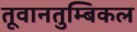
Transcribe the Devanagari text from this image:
तूवानतुम्बिकल